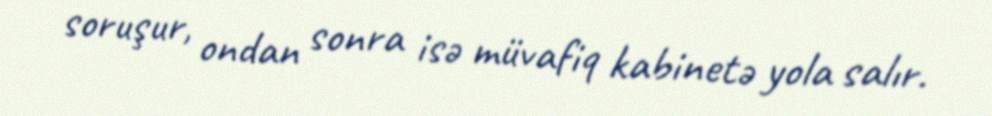
soruşur, ondan sonra isə müvafiq kabinetə yola salır.